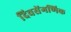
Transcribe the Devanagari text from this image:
दिवसेंगणिक